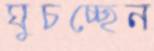
ঘুচচ্ছেন